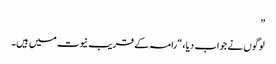
”
لوگوں نے جواب دیا ، “رامہ کے قریب نیوت میں ہیں۔